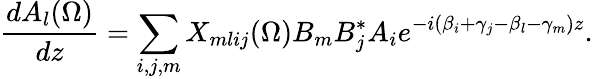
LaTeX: \frac{dA_{l}(\Omega)}{dz}=\sum_{i,j,m}X_{mlij}(\Omega)B_{m}B_{j}^{*}A_{i}e^{-i(\beta_{i}+\gamma_{j}-\beta_{l}-\gamma_{m})z}.